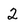
Character: 2